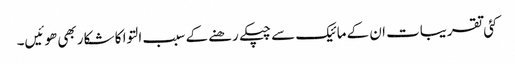
کئی تقریبات ان کے مائیک سے چپکے رھنے کے سبب التوا کا شکار بھی ھوئیں۔